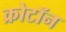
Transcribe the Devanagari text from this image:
क्रोटॉन